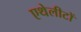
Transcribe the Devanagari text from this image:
एथेलीटों